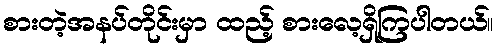
စားတဲ့အနပ်တိုင်းမှာ ထည့် စားလေ့ရှိကြပါတယ်။